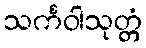
သင်္ကဝါသုတ္တံ